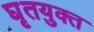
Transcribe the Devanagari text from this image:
घृतयुक्त